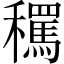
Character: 𱶬